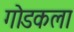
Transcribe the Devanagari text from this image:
गोडकला